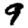
Digit: 9